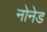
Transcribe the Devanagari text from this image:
नोनेड